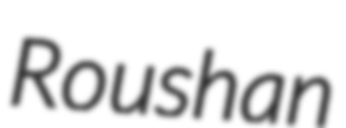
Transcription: Roushan